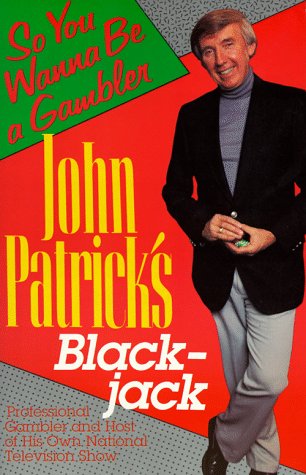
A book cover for John Patrick's Blackjack: So You Wanna Be a Gambler'; John Patrick; Humor & Entertainment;